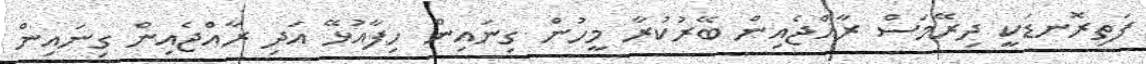
ފަތިރޮނޑަކީ ދިރޭމަސް ރާއްޖެއިން ބޭރުކުރާ މީހުން ގިނައިން ހިފާއުޅޭ އަދި ރާއްޖެއިން ގިނައިން